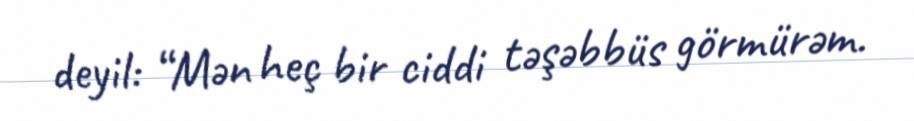
deyil: “Mən heç bir ciddi təşəbbüs görmürəm.